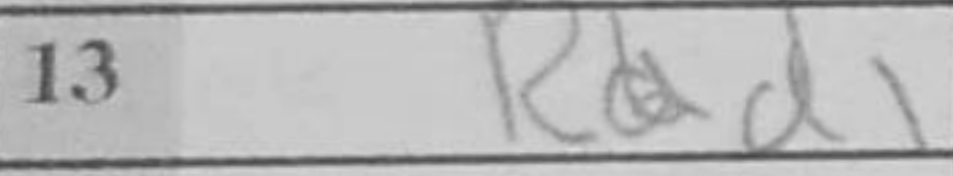
Transcription: Rad1